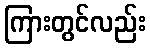
ကြားတွင်လည်း